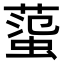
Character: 𧍙